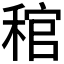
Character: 𥟓